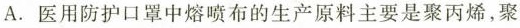
A.医用防护口罩中熔喷布的生产原料主要是聚丙烯，聚